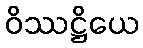
ဝိဿဋ္ဌိယေ